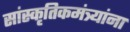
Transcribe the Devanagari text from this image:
सांस्कृतिकमंत्र्यांना